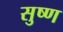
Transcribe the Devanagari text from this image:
सुष्ण